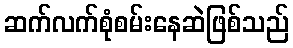
ဆက်လက်စုံစမ်းနေဆဲဖြစ်သည်